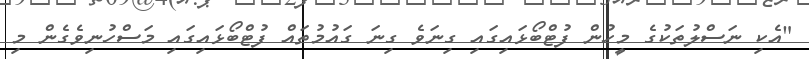
"އެކި ނަސްލުތަކުގެ މީހުން ފުޓްބޯޅައިގައި ގިނަވެ ގިނަ ގައުމުތައް ފުޓްބޯޅައިގައި މަސްހުނިވެގެން މި